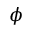
\phi